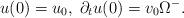
LaTeX: \begin{align*} u(0) = u_0,\; \partial_t u(0) = v_0 \Omega^-.\end{align*}